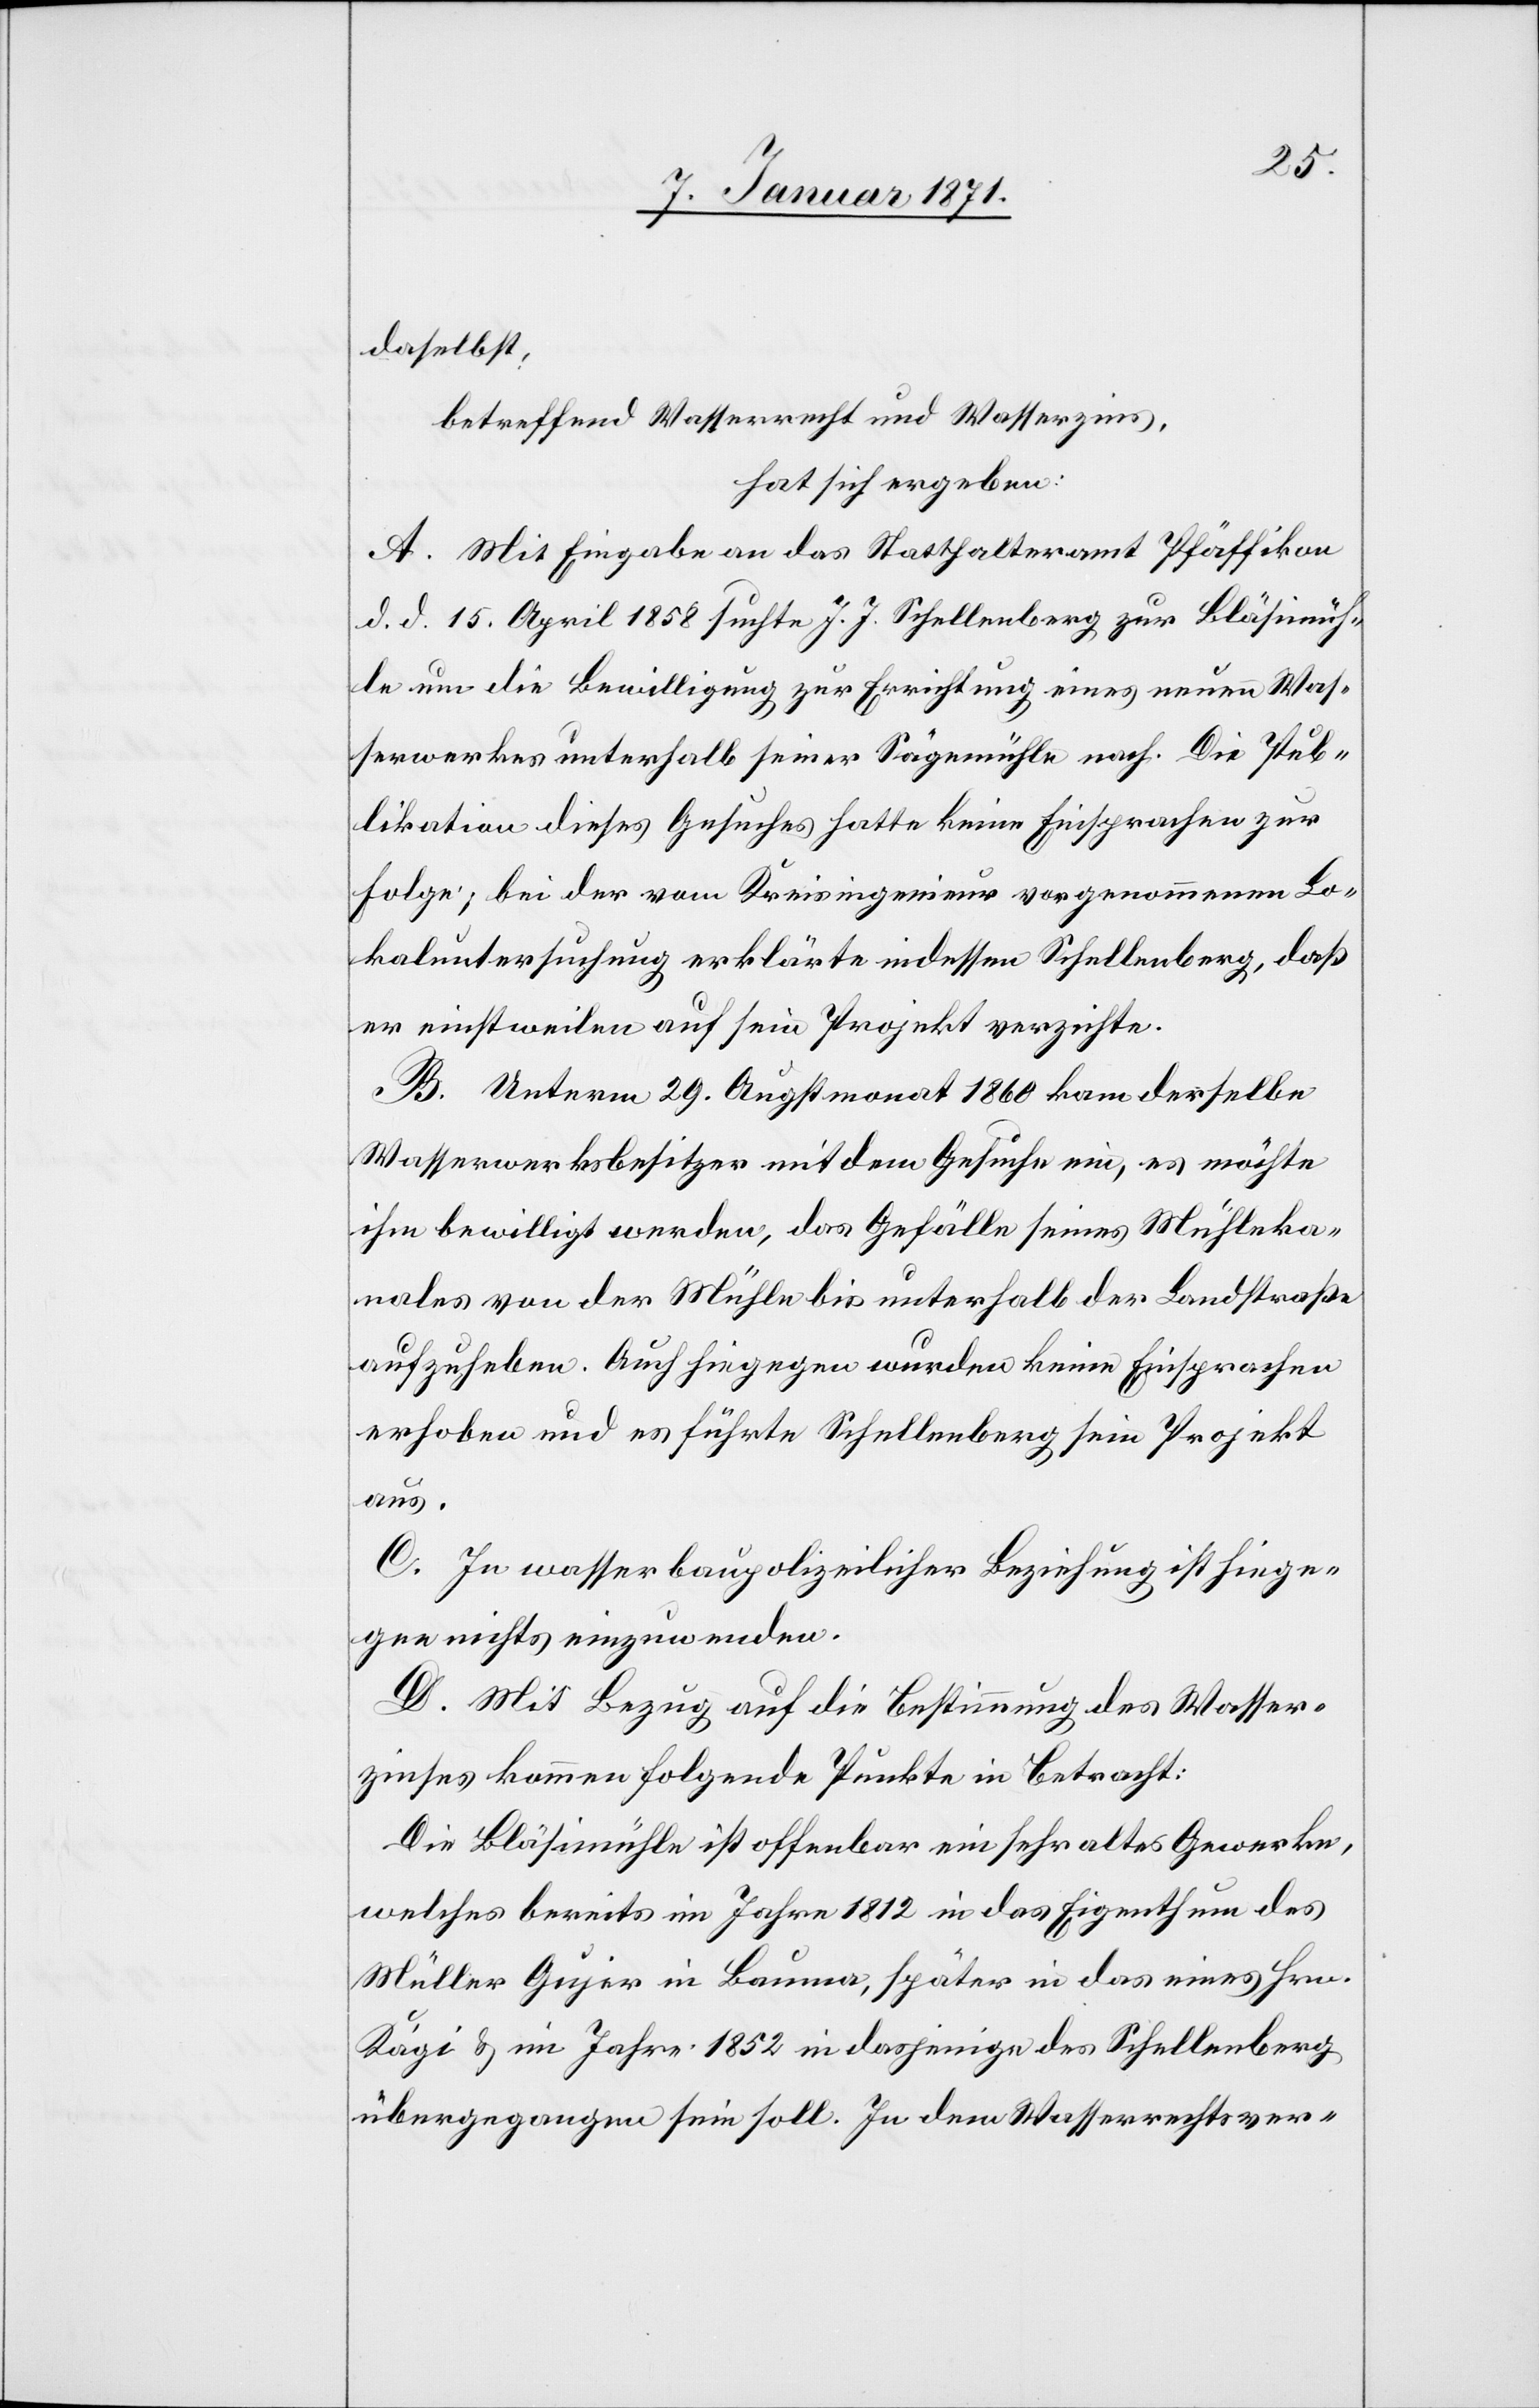
daselbst,
betreffend Wasserrecht und Wasserzins,
hat sich ergeben:
A. Mit Eingabe an das Statthalteramt Pfäffikon
d. d. 15. April 1858 suchte J. J. Schellenberg zur Bläsimüh¬
le um die Bewilligung zur Errichtung eines neuen Was¬
serwerkes unterhalb seiner Sägemühle nach. Die Pub¬
likation dieses Gesuches hatte keine Einsprachen zur
Folge; bei der vom Kreisingenieur vorgenommenen Lo¬
kaluntersuchung erklärte indessen Schellenberg, daß
er einstweilen auf sein Projekt verzichte.
B. Unterm 29. Augstmonat 1860 kam derselbe
Wasserwerksbesitzer mit dem Gesuche ein, es möchte
ihm bewilligt werden, das Gefälle seines Mühleka¬
nales von der Mühle bis unterhalb der Landstraße
aufzuheben. Auch hiegegen wurden keine Einsprachen
erhoben und es führte Schellenberg sein Projekt
aus.
C. In wasserbaupolizeilicher Beziehung ist hiege¬
gen nichts einzuwenden.
D. Mit Bezug auf die Bestimmung des Wasser¬
zinses kommen folgende Punkte in Betracht:
Die Bläsimühle ist offenbar ein sehr altes Gewerke,
welches bereits im Jahre 1812 in das Eigenthum des
Müller Gujer in Bauma, später in das eines Hrn.
Kägi u. im Jahre 1852 in dasjenige des Schellenberg
übergegangen sein soll. In dem Wasserrechtsver-